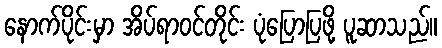
နောက်ပိုင်းမှာ အိပ်ရာဝင်တိုင်း ပုံပြောပြဖို့ ပူဆာသည်။